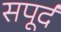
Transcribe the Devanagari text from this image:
सपूर्द